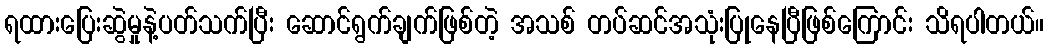
ရထားပြေးဆွဲမှုနဲ့ပတ်သက်ပြီး ဆောင်ရွက်ချက်ဖြစ်တဲ့ အသစ် တပ်ဆင်အသုံးပြုနေပြီဖြစ်ကြောင်း သိရပါတယ်။